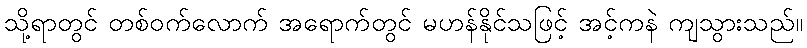
သို့ရာတွင် တစ်ဝက်လောက် အရောက်တွင် မဟန်နိုင်သဖြင့် အင့်ကနဲ ကျသွားသည်။